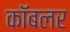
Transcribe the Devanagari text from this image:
कॉबलर